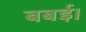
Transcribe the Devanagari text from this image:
बबई।